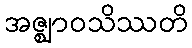
အဇ္ဈာဝသိဿတိ